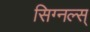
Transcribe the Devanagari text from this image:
सिग्नल्स्